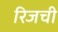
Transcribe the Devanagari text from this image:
रिजची